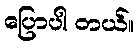
ပြောပါ တယ်။